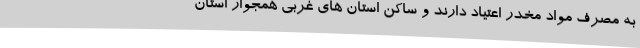
به مصرف مواد مخدر اعتیاد دارند و ساکن استان های غربی همجوار استان